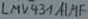
Text: LMVF31 1MF